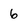
Character: 6